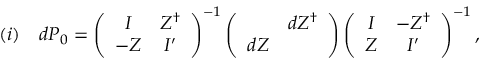
( i ) \quad d P _ { 0 } = \left( \begin{array} { c c } { { I } } & { { Z ^ { \dag } } } \\ { { - Z } } & { { I ^ { \prime } } } \end{array} \right) ^ { - 1 } \left( \begin{array} { c c } { { } } & { { d Z ^ { \dag } } } \\ { { d Z } } & { { } } \end{array} \right) \left( \begin{array} { c c } { { I } } & { { - Z ^ { \dag } } } \\ { { Z } } & { { I ^ { \prime } } } \end{array} \right) ^ { - 1 } ,